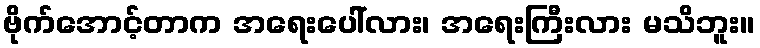
ဗိုက်အောင့်တာက အရေးပေါ်လား၊ အရေးကြီးလား မသိဘူး။